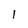
Character: 1